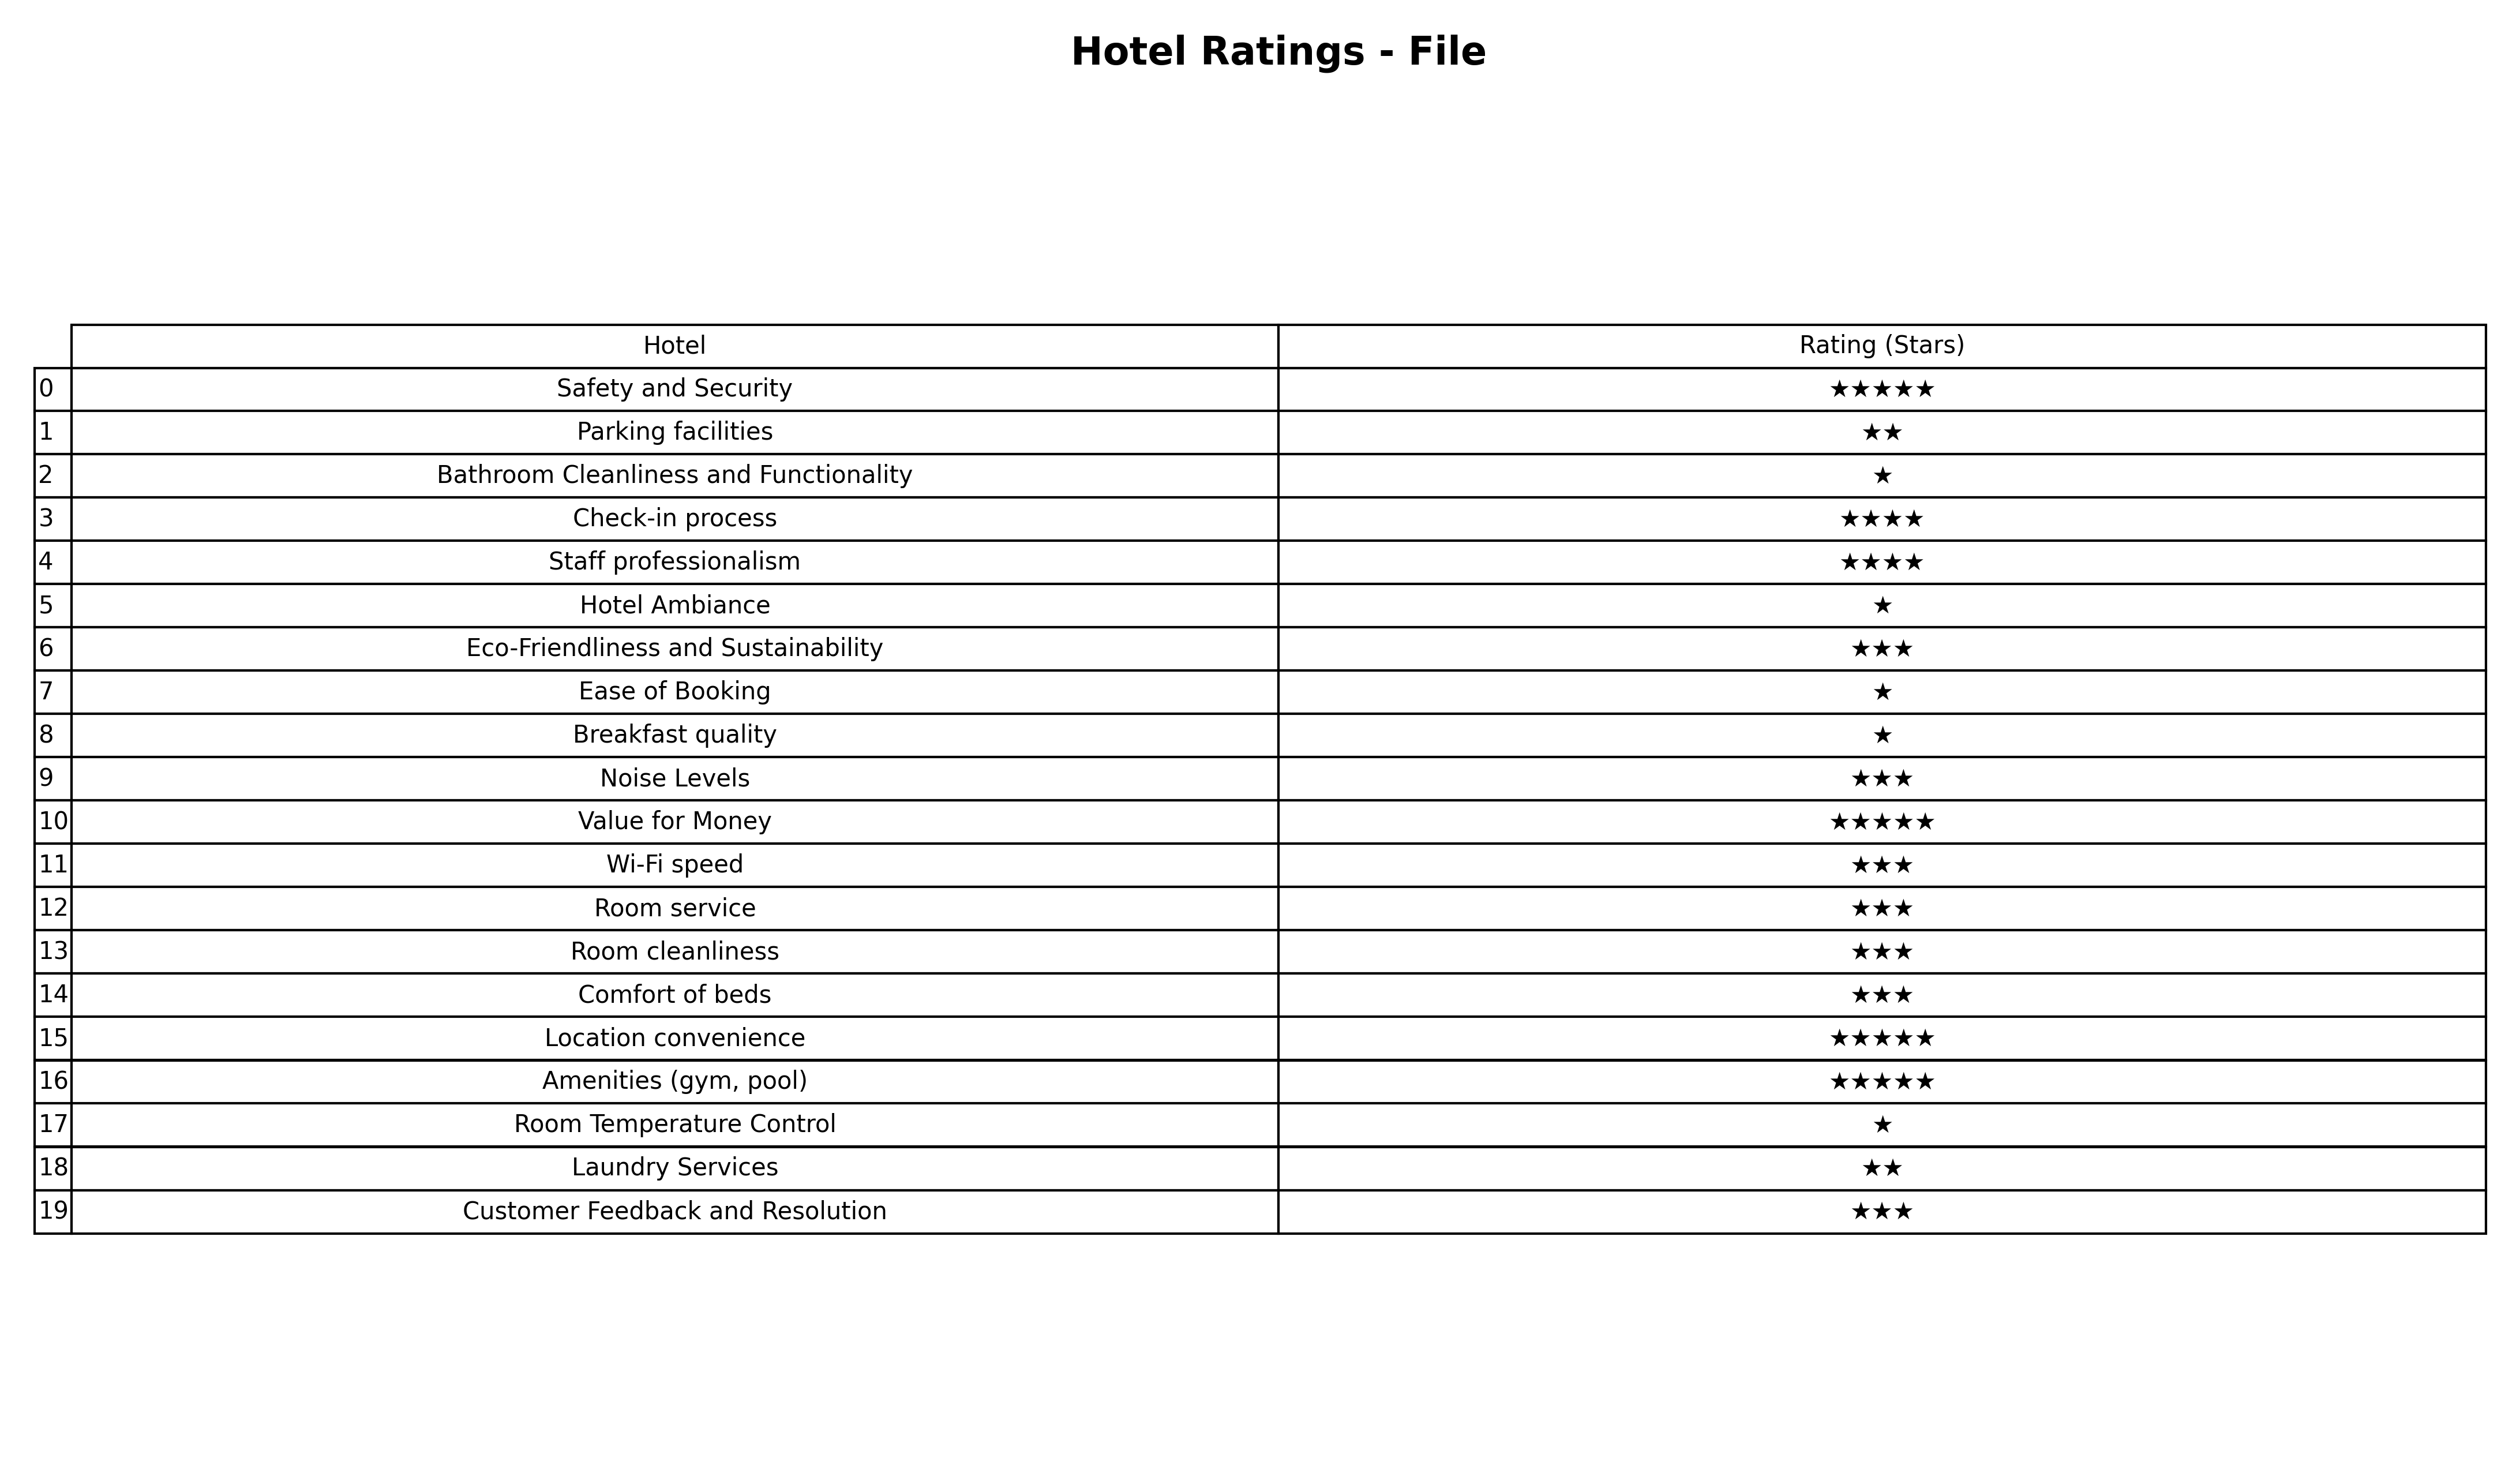
question: What are highest rating services?
answer: Eco-Friendliness and SustainabilityNoise LevelsWi-Fi speedRoom serviceRoom cleanlinessComfort of bedsCustomer Feedback and Resolution